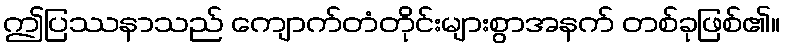
ဤပြဿနာသည် ကျောက်တံတိုင်းများစွာအနက် တစ်ခုဖြစ်၏။